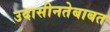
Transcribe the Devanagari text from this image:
उदासीनतेबाबत